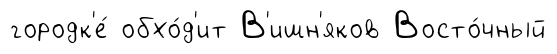
городк'е́ обхо́д'ит В'ишн'яков Восто́чный